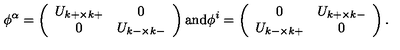
\phi ^ { \alpha } = \left( \begin{array} { c c } { U _ { k + \times k + } } & { 0 } \\ { 0 } & { U _ { k - \times k - } } \\ \end{array} \right) \mathrm { a n d } \phi ^ { i } = \left( \begin{array} { c c } { 0 } & { U _ { k + \times k - } } \\ { U _ { k - \times k + } } & { 0 } \\ \end{array} \right) .